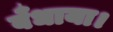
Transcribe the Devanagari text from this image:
बँधाया।